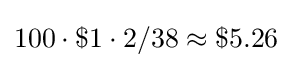
100\cdot \$1\cdot 2/38\approx \$5.26